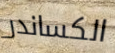
الكساندر